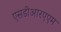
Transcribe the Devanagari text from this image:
एसडीआरएएम